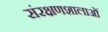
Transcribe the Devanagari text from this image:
संरक्षणशालाओं